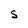
Character: S